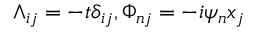
\wedge _ { i j } = - t \delta _ { i j } , \Phi _ { n j } = - i \psi _ { n } x _ { j }